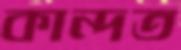
কান্দত